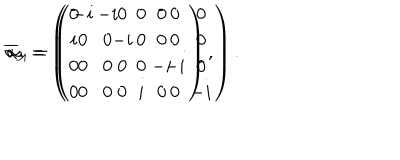
\overline { { { \alpha } } } _ { 3 } = \left( \begin{array} { c c c c } { { 0 } } & { { - i } } & { { 0 } } & { { 0 } } \\ { { i } } & { { 0 } } & { { 0 } } & { { 0 } } \\ { { 0 } } & { { 0 } } & { { 0 } } & { { - i } } \\ { { 0 } } & { { 0 } } & { { i } } & { { 0 } } \\ \end{array} \right) , \hspace { 0 . 3 i n } \overline { { { \alpha } } } _ { 4 } = \left( \begin{array} { c c c c } { { - i } } & { { 0 } } & { { 0 } } & { { 0 } } \\ { { 0 } } & { { - i } } & { { 0 } } & { { 0 } } \\ { { 0 } } & { { 0 } } & { { - i } } & { { 0 } } \\ { { 0 } } & { { 0 } } & { { 0 } } & { { - i } } \\ \end{array} \right) .